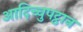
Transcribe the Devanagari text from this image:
आदिच्चुपट्ठान